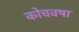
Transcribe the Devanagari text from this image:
कोचवषा